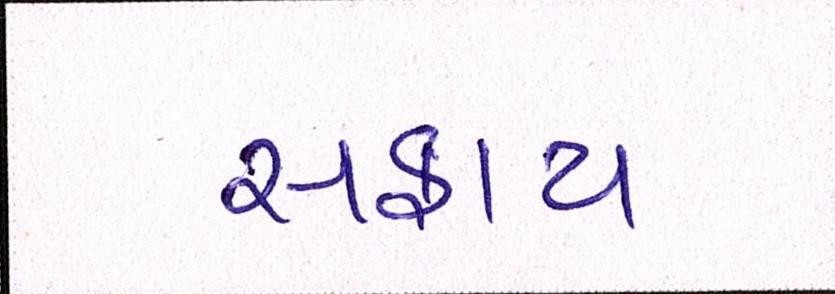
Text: સફાય